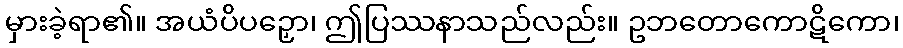
မှားခဲ့ရာ၏။ အယံပိပဉှော၊ ဤပြဿနာသည်လည်း။ ဥဘတောကောဋိကော၊